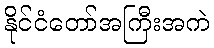
နိုင်ငံတော်အကြီးအကဲ